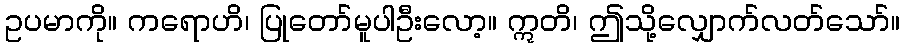
ဥပမာကို။ ကရောဟိ၊ ပြုတော်မူပါဦးလော့။ ဣတိ၊ ဤသို့လျှောက်လတ်သော်။